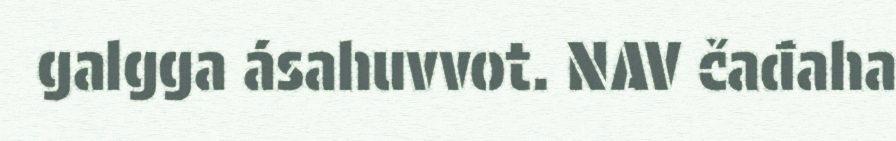
galgga ásahuvvot. NAV čađaha